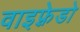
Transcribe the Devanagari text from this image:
वाइफ़्रेडो